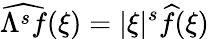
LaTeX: \widehat{\Lambda^{s}f}(\xi)=|\xi|^{s}\widehat{f}(\xi)